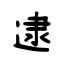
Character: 逮